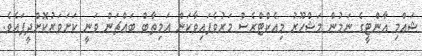
ޝައްމި އާންޓީގެ ނަމުން މަޝްހޫރު މިއެކްޓްރެސް މަރުވެފައިވާކަން އަމިތާބް ބައްޗަން ވަނީ ކަށަވަރުކޮށްދީފައެވެ.